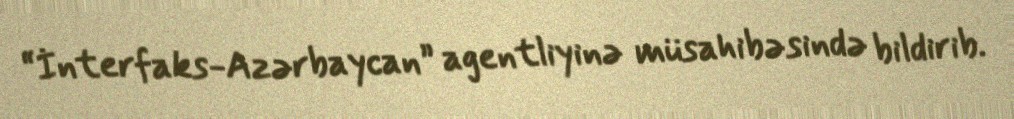
“İnterfaks-Azərbaycan” agentliyinə müsahibəsində bildirib.